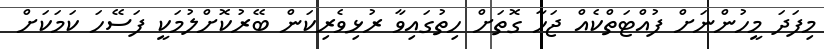
މިފަދަ މީހުންނަށް ފުއްޓަތްކެއް ޖަހާ ގޮތަށް ހިތުގައިވާ ރުޅިވެރިކަން ބޭރުކޮށްލުމަކީ ފަސޭހަ ކަމަކަށް